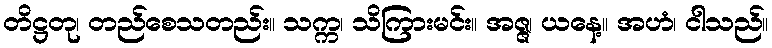
တိဋ္ဌတု၊ တည်စေသတည်း။ သက္က၊ သိကြားမင်း။ အဇ္ဇ၊ ယနေ့။ အဟံ၊ ငါသည်။